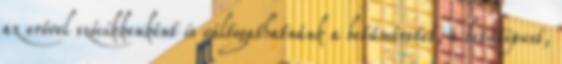
az erővel szócikkenként is váltogathatnánk a betűméretet, a betűtípust,